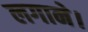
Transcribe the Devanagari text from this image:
लगाने।